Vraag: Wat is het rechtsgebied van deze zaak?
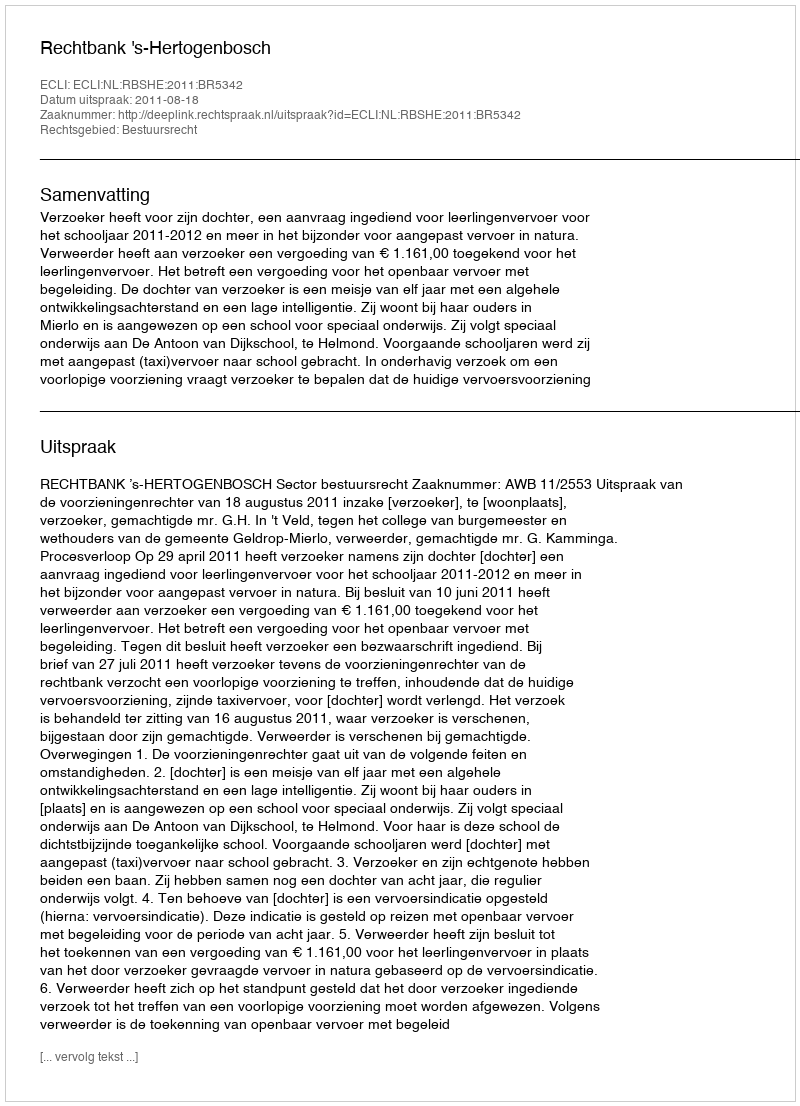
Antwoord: Bestuursrecht